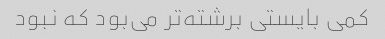
کمی بایستی برشته‌تر می‌بود که نبود